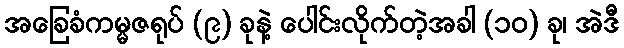
အခြေခံကမ္မဇရုပ် (၉) ခုနဲ့ ပေါင်းလိုက်တဲ့အခါ (၁၀) ခု၊ အဲဒီ